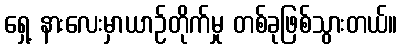
ရှေ့ နားလေးမှာယာဉ်တိုက်မှု တစ်ခုဖြစ်သွားတယ်။